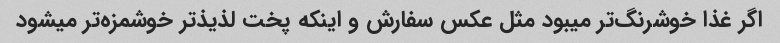
اگر غذا خوشرنگ‌تر میبود مثل عکس سفارش و اینکه پخت لذیذ‌تر خوشمزه‌تر میشود